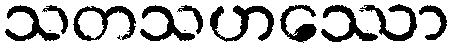
သတသဟဿော